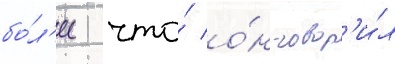
бо́л'ее что́ о́н говор'и́л